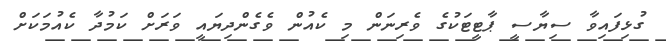
ގުޅިފައިވާ ސިޔާސީ ޕާޓީޓަކުގެ ވެރިނަން މި ކެއުން ވެގެންދިޔައީ ވަރަށް ކަމުދާ ކެއުމަކަށް